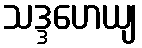
သဒ္ဒဟေယျ